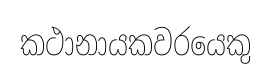
කථානායකවරයෙකු